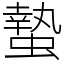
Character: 蟄